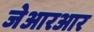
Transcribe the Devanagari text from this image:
जेआरआर